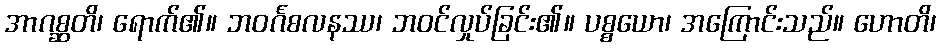
အာဂစ္ဆတိ၊ ရောက်၏။ ဘဝင်္ဂစလနဿ၊ ဘဝင်လှုပ်ခြင်း၏။ ပစ္စယော၊ အကြောင်းသည်။ ဟောတိ၊